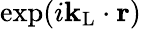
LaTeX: \exp(i{\mathbf k}_{\mathrm{L}}\cdot{\mathbf r})